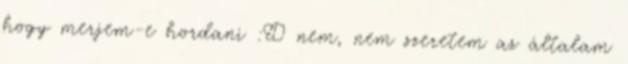
hogy merjem-e hordani :D nem, nem szeretem az általam